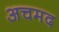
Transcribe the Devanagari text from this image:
अचमद